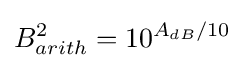
B_{arith}^{2}=10^{A_{dB}/10}